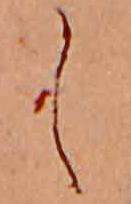
し